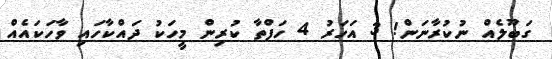
ގަބޫލެއް ނުކުރާނަން! 3 އަހަރު 4 ހަފްތާ ކުރިން މީހަކު ދައްކާހައި ވާހަކައެއް